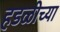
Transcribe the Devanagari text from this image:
हडळीच्या